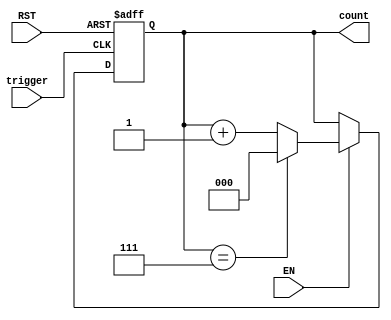
module mod_n_counter (
    input wire EN,     // Enable signal
    input wire RST,    // Reset signal
    input wire trigger, // Trigger signal for counting
    output reg [2:0] count // 3-bit output for Mod-8 counter
);

    // Asynchronous reset and counting logic
    always @(posedge trigger or posedge RST) begin
        if (RST) begin
            count <= 3'b000; // Reset count to 0
        end else if (EN) begin
            if (count == 3'b111) begin
                count <= 3'b000; // Reset to 0 when count reaches 7
            end else begin
                count <= count + 1; // Increment count
            end
        end
    end

endmodule